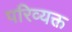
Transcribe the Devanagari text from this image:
परिव्यक्त